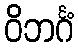
ဝိဘင်္ဂံ